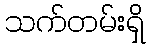
သက်တမ်းရှိ